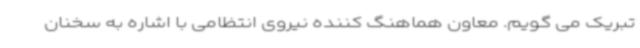
تبریک می گویم. معاون هماهنگ کننده نیروی انتظامی با اشاره به سخنان